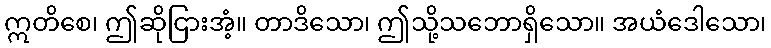
ဣတိစေ၊ ဤဆိုငြားအံ့။ တာဒိသော၊ ဤသို့သဘောရှိသော။ အယံဒေါသော၊